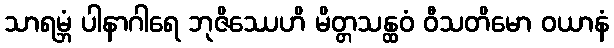
သာရမ္ဘံ ပါနာဂါရေ ဘုဇိဿေဟိ မိတ္တသန္ထဝံ ဝီသတိမော ဝယာနံ